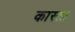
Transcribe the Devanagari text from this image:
कास्ता